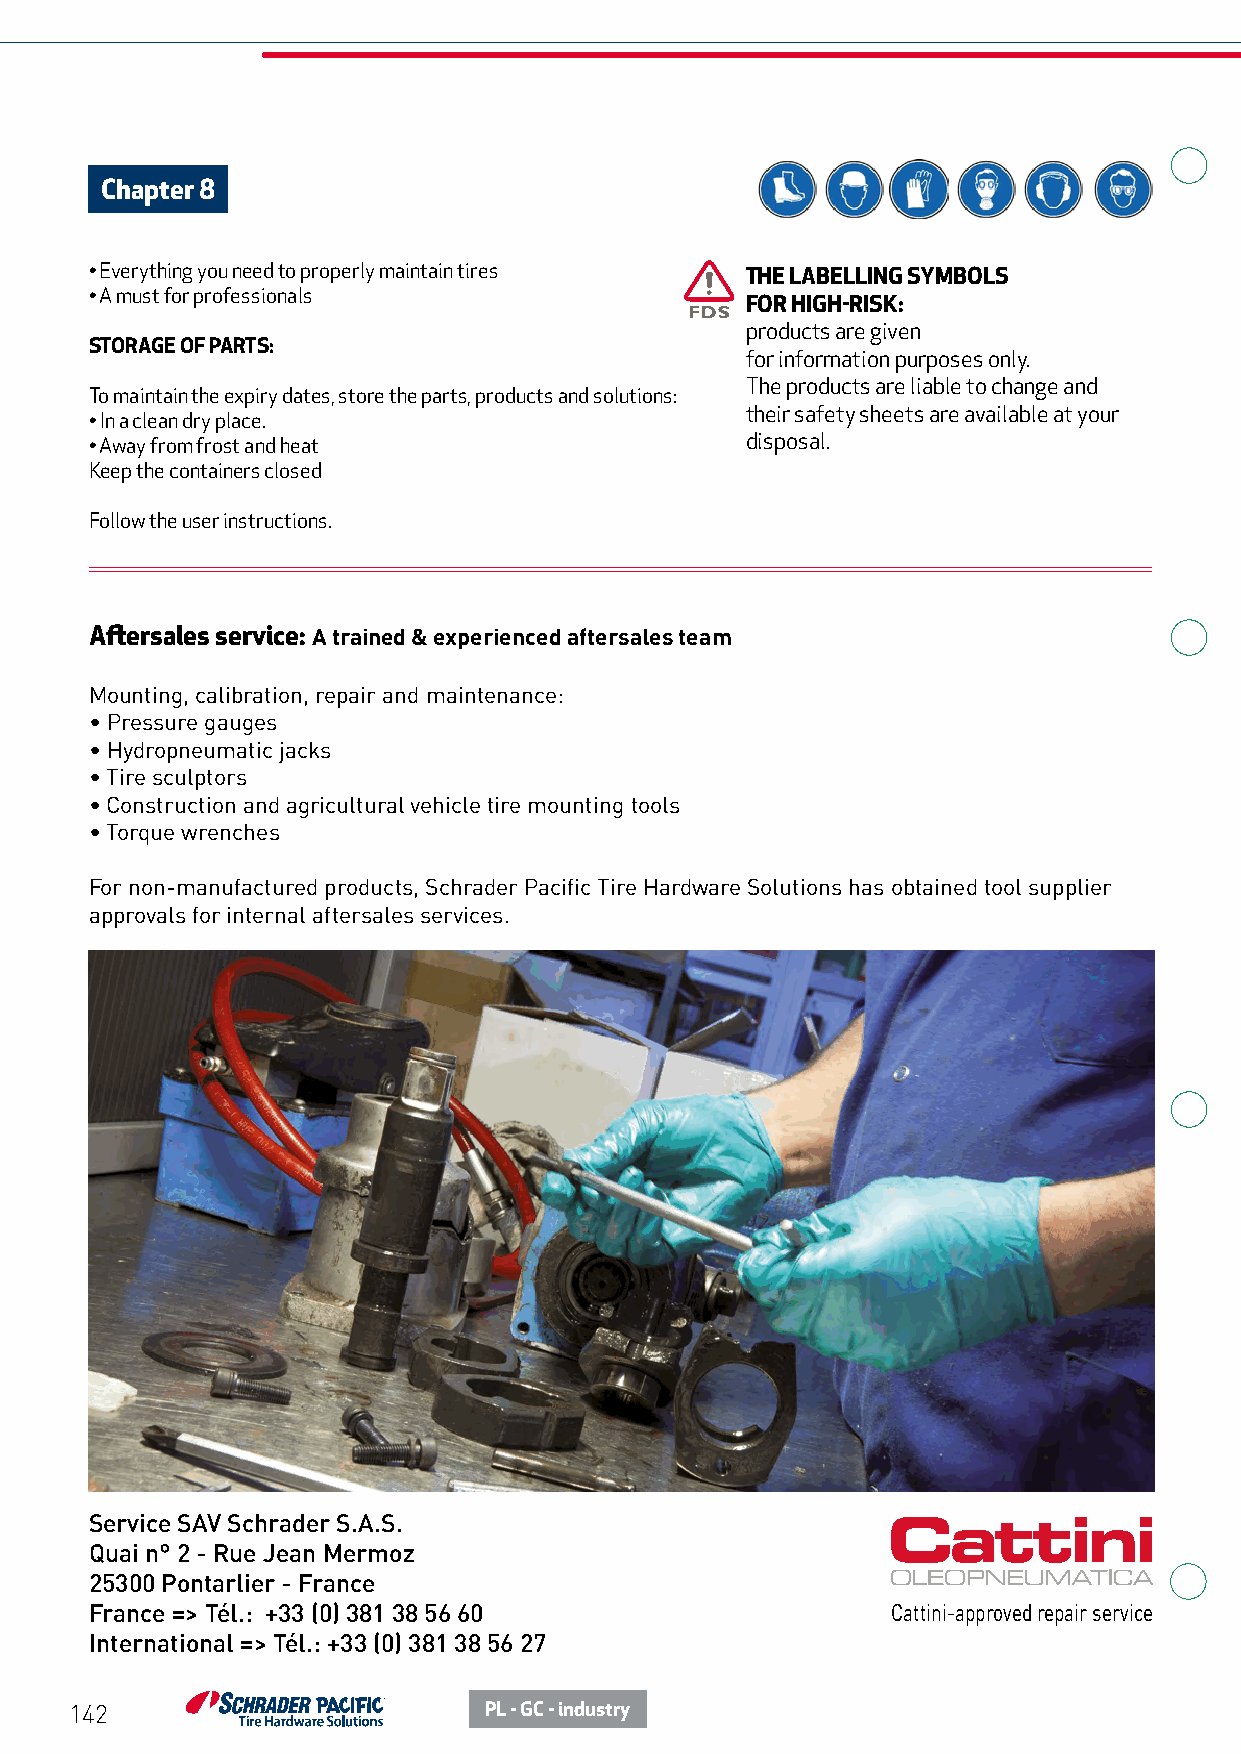
Chapter 8
 • Everything you need to properly maintain tires THE LABELLING SYMBOLS
 • A must for professionals
 FOR HIGH-RISK:
 products are given
 STORAGE OF PARTS:
 for information purposes only.
 The products are liable to change and
 To maintain the expiry dates, store the parts, products and solutions:
 their safety sheets are available at your
 • In a clean dry place.
 • Away from frost and heat                 disposal.
 Keep the containers closed
 Follow the user instructions.
 Aftersales service: A trained & experienced aftersales team
 Mounting, calibration, repair and maintenance:
 • Pressure gauges
 • Hydropneumatic jacks
 • Tire sculptors
 • Construction and agricultural vehicle tire mounting tools
 • Torque wrenches
 For non-manufactured products, Schrader Pacific Tire Hardware Solutions has obtained tool supplier
 approvals for internal aftersales services.
 Service SAV Schrader S.A.S.
 Quai n° 2 - Rue Jean Mermoz
 25300 Pontarlier - France
 France => Tél.: +33 (0) 381 38 56 60                 Cattini-approved repair service
 International => Tél.: +33 (0) 381 38 56 27
 142                        PL - GC - industry